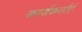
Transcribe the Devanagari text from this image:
कार्यकर्ताएं